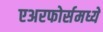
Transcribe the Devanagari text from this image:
एअरफोर्समध्ये